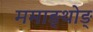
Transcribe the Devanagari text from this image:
ममाङ्थोङ्